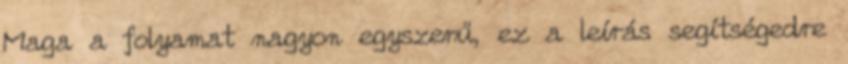
Maga a folyamat nagyon egyszerű, ez a leírás segítségedre